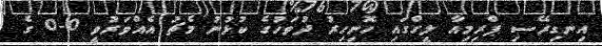
އިނގިރޭސި ޕްރިމިއާ ލީގްގައި ހޮނިހިރު ދުވަހުގެ ކުޅުނު މެޗު އެއްވަރުވީ 0-0 ގެ